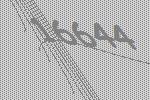
16644